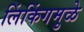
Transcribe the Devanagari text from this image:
लिंकिंगमुळे